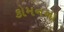
કોમનના